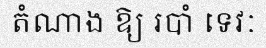
តំណាង ឱ្យ របាំ ទេវៈ